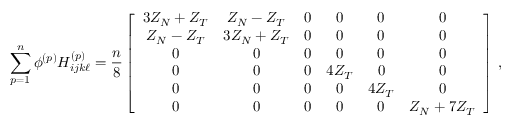
\sum _ { p = 1 } ^ { n } \phi ^ { ( p ) } H _ { i j k \ell } ^ { ( p ) } = \frac { n } { 8 } \left[ \begin{array} { c c c c c c } { 3 Z _ { N } + Z _ { T } } & { Z _ { N } - Z _ { T } } & { 0 } & { 0 } & { 0 } & { 0 } \\ { Z _ { N } - Z _ { T } } & { 3 Z _ { N } + Z _ { T } } & { 0 } & { 0 } & { 0 } & { 0 } \\ { 0 } & { 0 } & { 0 } & { 0 } & { 0 } & { 0 } \\ { 0 } & { 0 } & { 0 } & { 4 Z _ { T } } & { 0 } & { 0 } \\ { 0 } & { 0 } & { 0 } & { 0 } & { 4 Z _ { T } } & { 0 } \\ { 0 } & { 0 } & { 0 } & { 0 } & { 0 } & { Z _ { N } + 7 Z _ { T } } \end{array} \right] \, ,